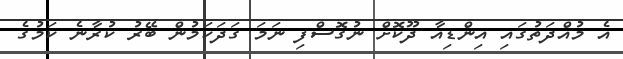
އެ މުއްދަތުގައި އިންޑިއާ ދޫކޮށް ނުގޮސްފި ނަމަ ގަދަކަމުން ބޭރު ކުރާނެ ކަމުގެ